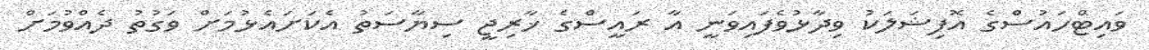
ވައިޓްހައުސްގެ އޮފިޝަލަކު ވިދާޅުވެފައިވަނީ އާ ރައީސްގެ ޚާރިޖީ ސިޔާސަތު އެކަށައެޅުމަށް ވަގުތު ދެއްވުމަށް